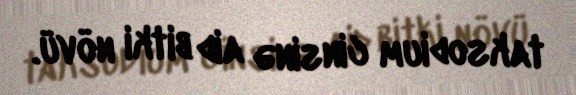
taksodium cinsinə aid bitki növü.